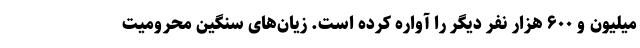
میلیون و ۶۰۰ هزار نفر دیگر را آواره کرده است. زیان‌های سنگین محرومیت